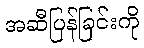
အဆီပြန်ခြင်းကို